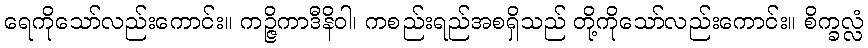
ရေကိုသော်လည်းကောင်း။ ကဉ္ဇိကာဒီနိဝါ၊ ကစည်းရည်အစရှိသည် တို့ကိုသော်လည်းကောင်း။ စိက္ခလ္လံ